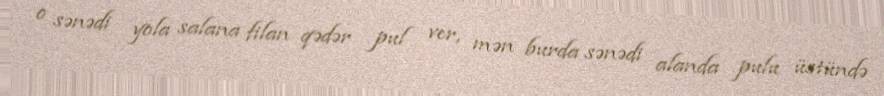
o sənədi yola salana filan qədər pul ver, mən burda sənədi alanda pulu üstündə